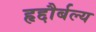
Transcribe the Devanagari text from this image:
हृद्दौर्बल्य